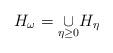
LaTeX: \begin{align*}H_{\omega }=\underset{\eta \geq 0}{\cup }H_{\eta } \end{align*}